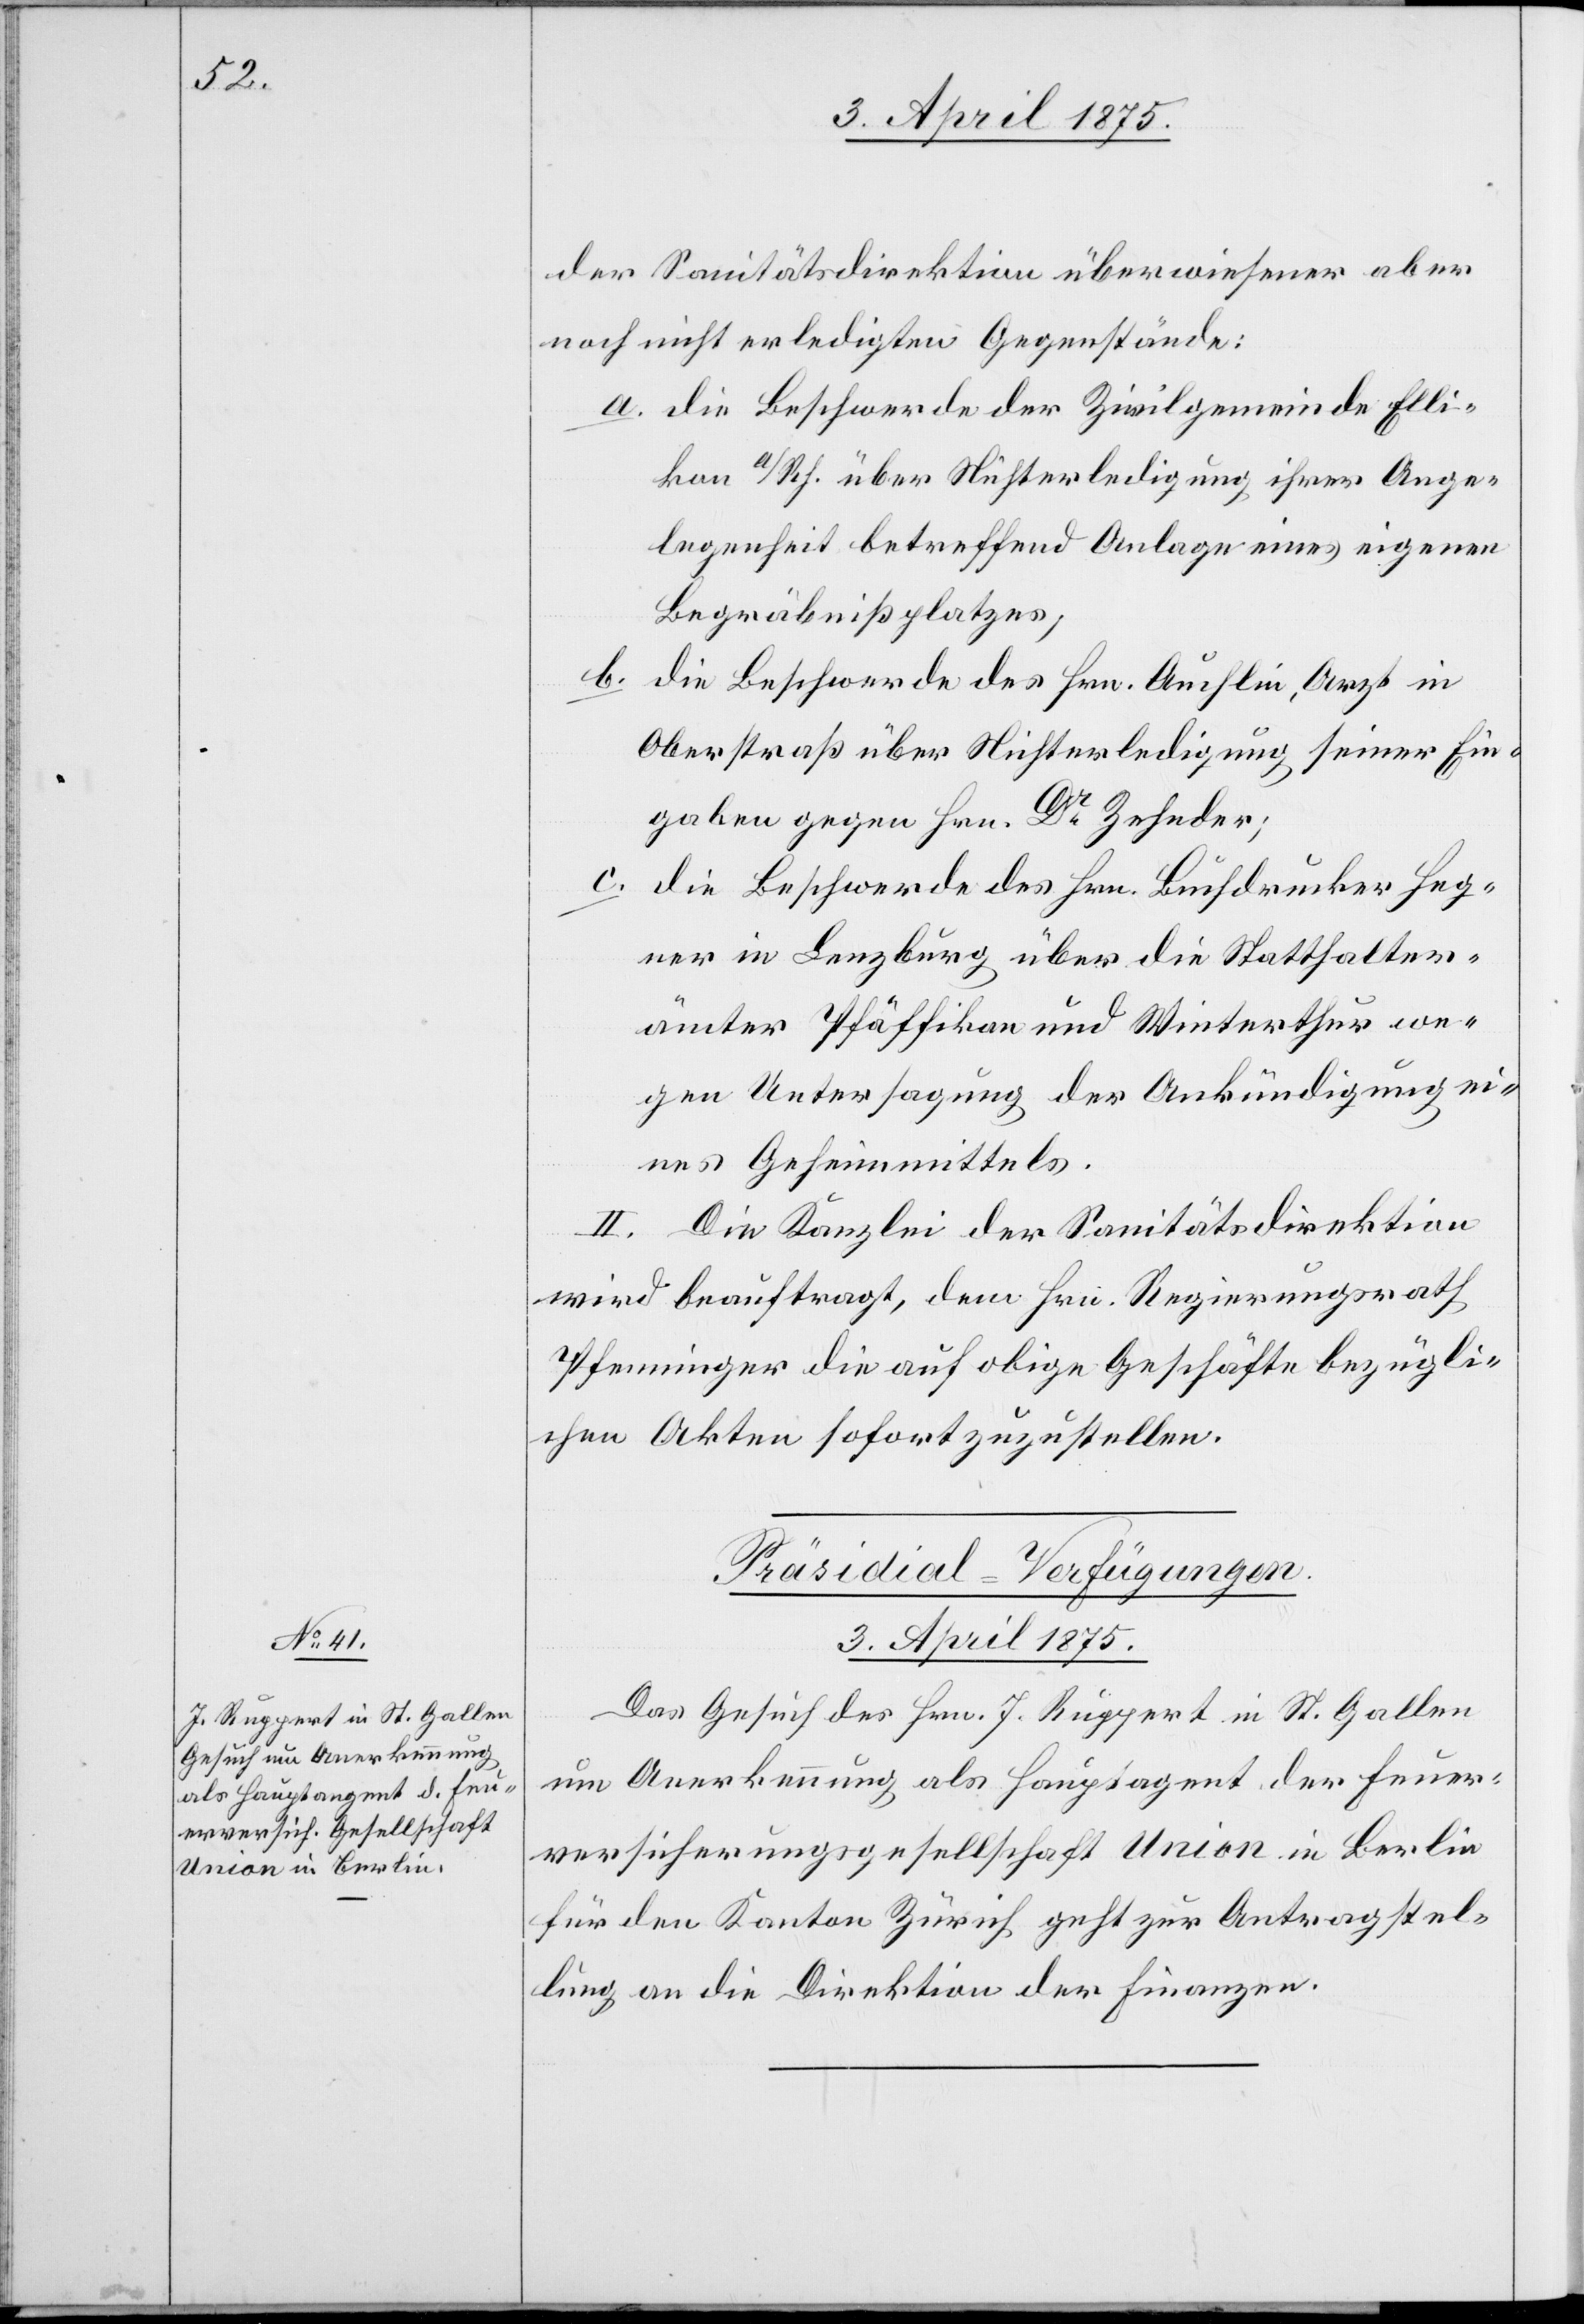
der Sanitätsdirektion überwiesener aber
noch nicht erledigten Gegenstände:
a. die Beschwerde der Zivilgemeinde Elli¬
kon a/Rh. über Nichterledigung ihrer Ange¬
legenheit betreffend Anlage eines eigenen
Begräbnißplatzes,
b.
die Beschwerde des Hrn. Auchlin, Arzt in
Oberstraß über Nichterledigung seiner Ein¬
gaben gegen Hrn. Dr Zehnder;
c.
die Beschwerde des Hrn. Buchdrucker Heg¬
ner in Lenzburg über die Statthalter¬
ämter Pfäffikon und Winterthur we¬
gen Untersagung der Ankündigung ei¬
nes Geheimmittels.
II. Die Kanzlei der Sanitätsdirektion
wird beauftragt, dem Hrn. Regierungsrath
Pfenninger die auf obige Geschäfte bezügli¬
chen Akten sofort zuzustellen.
Präsidial-Verfügungen
3. April 1875.
Das Gesuch des Hrn. J. Ruppert in St. Gallen
um Anerkennung als Hauptagent der Feuer¬
versicherungsgesellschaft Union in Berlin
für den Kanton Zürich geht zur Antragstel¬
lung an die Direktion der Finanzen.